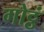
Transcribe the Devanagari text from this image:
गोट्ठं